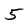
Character: 5